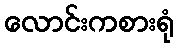
လောင်းကစားရုံ